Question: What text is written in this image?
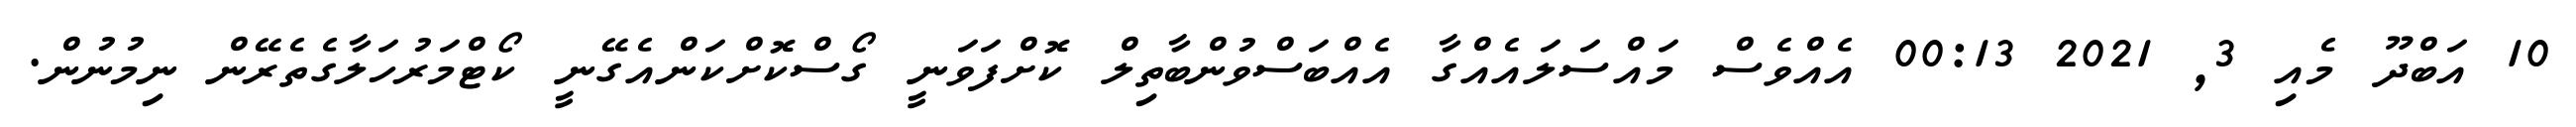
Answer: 10 އަބްދޫ މެއި 3, 2021 00:13 އެއްވެސް މައްސަލައެއްގާ އެއްބަސްވުންބާތިލް ކޮށްފަވަނީ ގޯސްކޮށްކަންއެގޭނީ ކޯޓްމަރުހަލާގެތެރޭން ނިމުނުން.